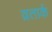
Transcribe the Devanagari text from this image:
व्रतार्क